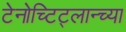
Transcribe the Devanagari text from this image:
टेनोच्टिट्लान्च्या